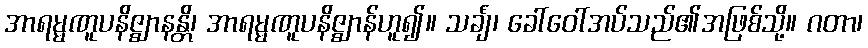
အာရမ္မဏူပနိဇ္ဈာနန္တိ၊ အာရမ္မဏူပနိဇ္ဈာန်ဟူ၍။ သင်္ချံ၊ ခေါ်ဝေါ်အပ်သည်၏အဖြစ်သို့။ ဂတာ၊